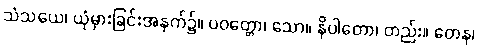
သံသယေ၊ ယုံမှားခြင်းအနက်၌။ ပဝတ္တော၊ သော။ နိပါတော၊ တည်း။ တေန၊